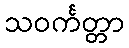
သဝင်္ကတ္တာ